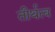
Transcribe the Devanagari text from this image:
तीर्थत्व